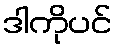
ဒါကိုပင်